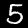
Label: 5